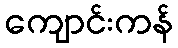
ကျောင်းကန်